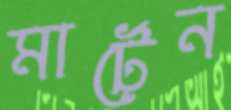
মার্টেন